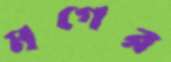
মগের